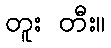
တူး တီး။